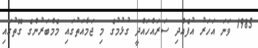
1985 ވަނަ އަހަރު އުފެއްދި ސަރައްހައްދީ ގުޅުމުގެ މި ޖަމާއަތުގައި މެމްބަރުންގެ ގޮތުގައި